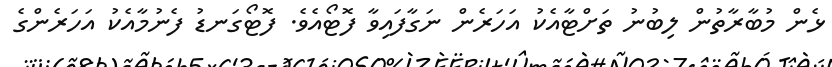
ޅެން މުބާރާތުން ލިބުނު ތަށްޓާއެކު އަހަރެން ނަގާފައިވާ ފޮޓޯއެވެ. ފޮޓޯގަނޑު ފެނުމާއެކު އަހަރެންގެ